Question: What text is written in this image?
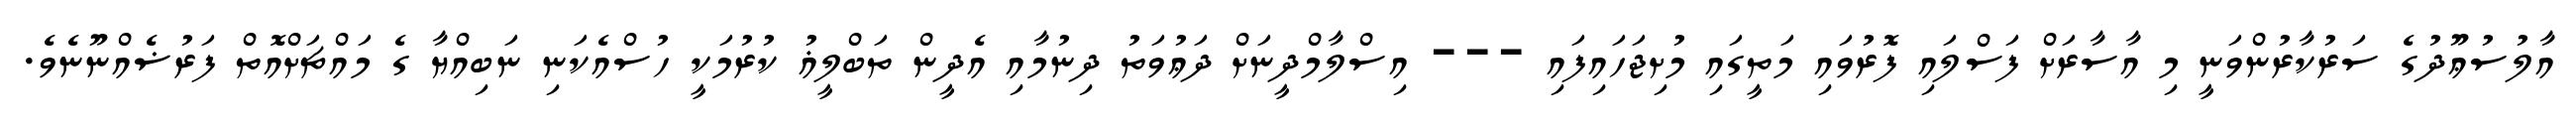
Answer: އާލުސުޢޫދުގެ ސަރުކާރުންވަނީ މި އާސާރަށް ފަސްލައި ފޮރުވައި މަތީގައި މުށިޖަހައިފައި --- އިސްލާމްދީނަށް ދަޢުވަތު ދިނުމާއި އެދީން ތަބްލީޣު ކުރުމަކީ ހުސްއެކަނި ނަބިއްޔާ ގެ މައްޗަށްއޮތް ފަރުޟެއްނޫނެވެ.